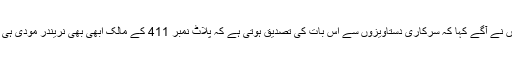
انہوں نے آگے کہا کہ سرکاری دستاویزوں سے اس بات کی تصدیق ہوتی ہے کہ پلاٹ نمبر 411 کے مالک ابھی بھی نریندر مودی ہی ہیں۔